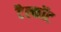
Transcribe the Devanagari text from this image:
टैल्कॉट